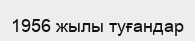
1956 жылы туғандар